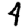
Digit: 4